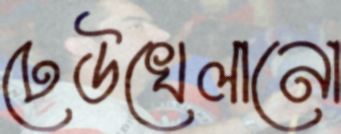
ঢেউখেলানো